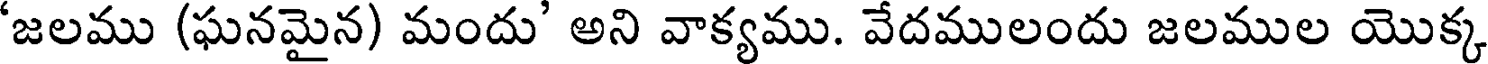
'జలము (ఘనమైన) మందు' అని వాక్యము. వేదములందు జలముల యొక్క